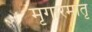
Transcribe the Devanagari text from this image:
मृगारमातृ